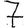
Digit: 7